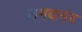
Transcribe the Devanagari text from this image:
लगदानंद